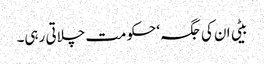
بیٹی ان کی جگہ‘ حکومت چلاتی رہی۔